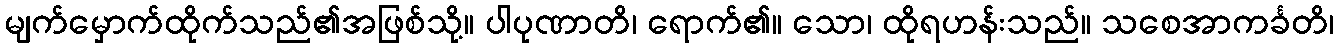
မျက်မှောက်ထိုက်သည်၏အဖြစ်သို့။ ပါပုဏာတိ၊ ရောက်၏။ သော၊ ထိုရဟန်းသည်။ သစေအာကင်္ခတိ၊